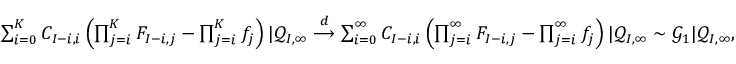
\begin{array} { r } { \sum _ { i = 0 } ^ { K } C _ { I - i , i } \left( \prod _ { j = i } ^ { K } F _ { I - i , j } - \prod _ { j = i } ^ { K } f _ { j } \right) | \mathcal { Q } _ { I , \infty } \overset { d } { \longrightarrow } \sum _ { i = 0 } ^ { \infty } C _ { I - i , i } \left( \prod _ { j = i } ^ { \infty } F _ { I - i , j } - \prod _ { j = i } ^ { \infty } f _ { j } \right) | \mathcal { Q } _ { I , \infty } \sim \mathcal { G } _ { 1 } | \mathcal { Q } _ { I , \infty } , } \end{array}